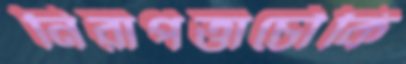
নিরাপত্তাচৌকি